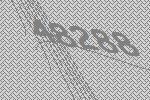
48288